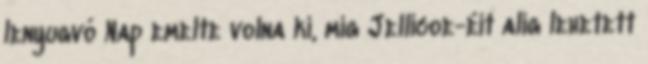
lenyugvó Nap emelte volna ki, míg Jellicoe-éit alig lehetett